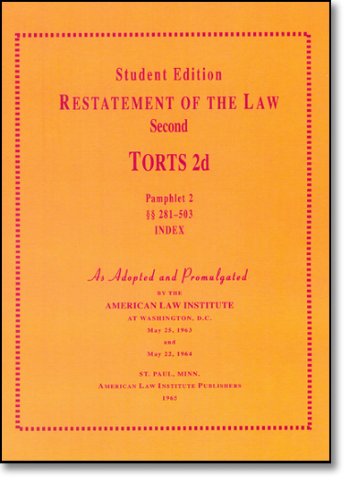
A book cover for A Concise Restatement of Torts, 2d (American Law Institute); American Law Institute; Law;